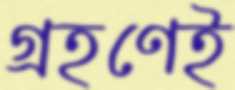
গ্রহণেই